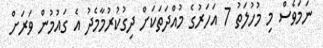
ނަމަވެސް މި މުހުލަތު 7 އަހަރުގެ މުއްދަތަކަށް ދިގުކުރުމާމެދު އެ ގައުމުން ވަރަށް